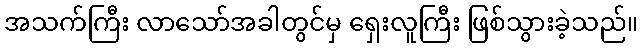
အသက်ကြီး လာသော်အခါတွင်မှ ရှေးလူကြီး ဖြစ်သွားခဲ့သည်။